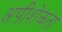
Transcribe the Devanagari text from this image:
अपीशेकता